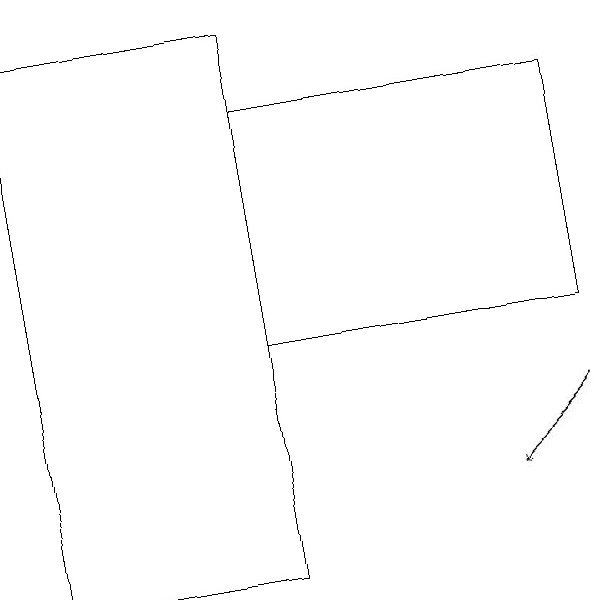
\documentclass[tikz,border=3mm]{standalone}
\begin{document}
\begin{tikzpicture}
\draw (2,10) rectangle (5,17);
\draw (5,13) rectangle (9,16);
\draw[->] (9,12) -- (8,11);
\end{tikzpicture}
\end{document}